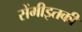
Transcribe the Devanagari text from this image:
सेंमीइतकी